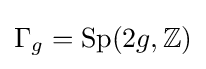
\Gamma _{g}=\mathrm {Sp} (2g,\mathbb {Z} )